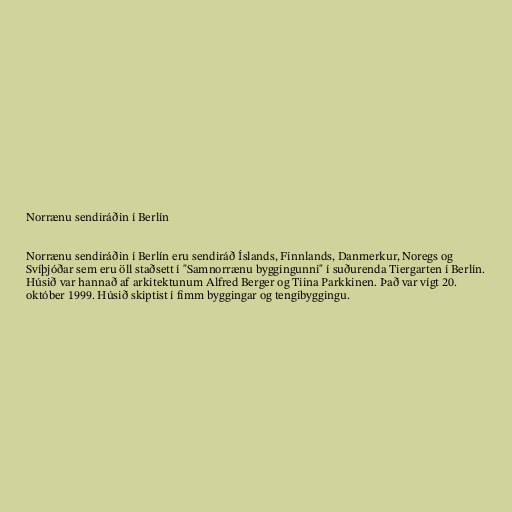
Norrænu sendiráðin í Berlín

Norrænu sendiráðin í Berlín eru sendiráð Íslands, Finnlands, Danmerkur, Noregs og
Svíþjóðar sem eru öll staðsett í "Samnorrænu byggingunni" í suðurenda Tiergarten í Berlín.
Húsið var hannað af arkitektunum Alfred Berger og Tiina Parkkinen. Það var vígt 20.
október 1999. Húsið skiptist í fimm byggingar og tengibyggingu.